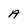
Character: A